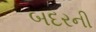
બદરની